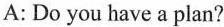
A: Do you have a plan?